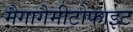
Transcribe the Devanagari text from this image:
मैगागैमीटोफाइट